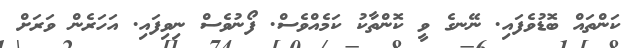
ކަންތައް ބޮޑުވެފައި. ނޭނގެ ވީ ކޮންތާކު ކަމެއްވެސް. ފޯނުވެސް ނިވިފައި. އަހަރެން ވަރަށް